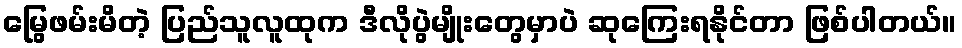
မြွေဖမ်းမိတဲ့ ပြည်သူလူထုက ဒီလိုပွဲမျိုးတွေမှာပဲ ဆုကြေးရနိုင်တာ ဖြစ်ပါတယ်။